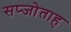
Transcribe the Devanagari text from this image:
सप्जोताह